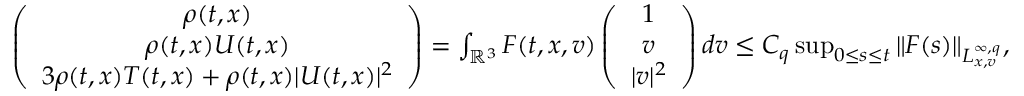
\begin{array} { r } { \left( \begin{array} { c c c } { \rho ( t , x ) } \\ { \rho ( t , x ) U ( t , x ) } \\ { 3 \rho ( t , x ) T ( t , x ) + \rho ( t , x ) | U ( t , x ) | ^ { 2 } } \end{array} \right) = \int _ { \mathbb { R } ^ { 3 } } F ( t , x , v ) \left( \begin{array} { c c c } { 1 } \\ { v } \\ { | v | ^ { 2 } } \end{array} \right) d v \leq C _ { q } \operatorname* { s u p } _ { 0 \leq s \leq t } \| F ( s ) \| _ { L _ { x , v } ^ { \infty , q } } , } \end{array}